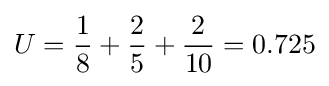
U={\frac {1}{8}}+{\frac {2}{5}}+{\frac {2}{10}}=0.725